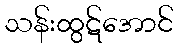
သန်းထွဋ်အောင်